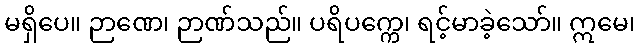
မရှိပေ။ ဉာဏေ၊ ဉာဏ်သည်။ ပရိပက္ကေ၊ ရင့်မာခဲ့သော်။ ဣမေ၊